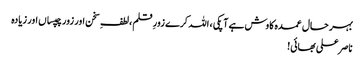
بہر حال عمدہ کاوش ہے آپکی ، اللہ کرے زورِ قلم ،لطفِ سخن اور زور چپساں اور زیادہ
ناصر علی بھائی!